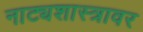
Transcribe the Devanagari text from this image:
नाट्यशास्त्रावर